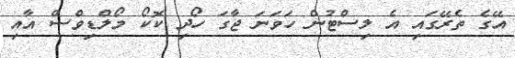
އޭގެ ތެރޭގައި އެ ލިސްޓުން ހަވަނަ ޖާގަ ހޯދި ކޮކޯ މޯލްޑިވްސް އާއި